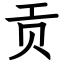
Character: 贡